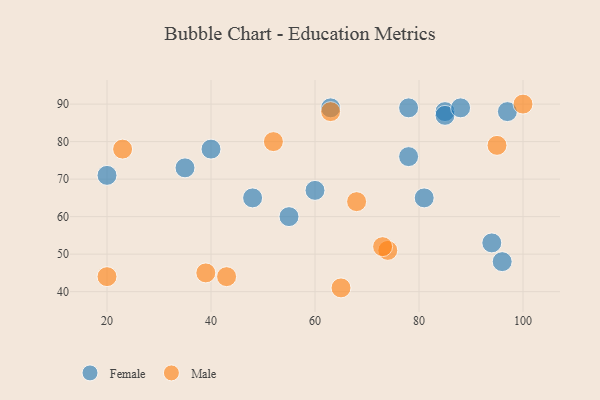
{"axis": {"x": "GDP", "y": "Life Expectancy"}, "legend": ["Female", "Male"], "data": [{"x": "85", "y": 88, "type": "Female"}, {"x": "81", "y": 65, "type": "Female"}, {"x": "85", "y": 87, "type": "Female"}, {"x": "96", "y": 48, "type": "Female"}, {"x": "60", "y": 67, "type": "Female"}, {"x": "35", "y": 73, "type": "Female"}, {"x": "40", "y": 78, "type": "Female"}, {"x": "78", "y": 76, "type": "Female"}, {"x": "48", "y": 65, "type": "Female"}, {"x": "88", "y": 89, "type": "Female"}, {"x": "55", "y": 60, "type": "Female"}, {"x": "20", "y": 71, "type": "Female"}, {"x": "78", "y": 89, "type": "Female"}, {"x": "63", "y": 89, "type": "Female"}, {"x": "94", "y": 53, "type": "Female"}, {"x": "97", "y": 88, "type": "Female"}, {"x": "74", "y": 51, "type": "Male"}, {"x": "39", "y": 45, "type": "Male"}, {"x": "23", "y": 78, "type": "Male"}, {"x": "20", "y": 44, "type": "Male"}, {"x": "43", "y": 44, "type": "Male"}, {"x": "95", "y": 79, "type": "Male"}, {"x": "63", "y": 88, "type": "Male"}, {"x": "73", "y": 52, "type": "Male"}, {"x": "52", "y": 80, "type": "Male"}, {"x": "68", "y": 64, "type": "Male"}, {"x": "65", "y": 41, "type": "Male"}, {"x": "100", "y": 90, "type": "Male"}]}